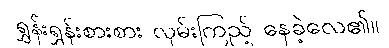
ရွှန်းရွှန်းစားစား လှမ်းကြည့် နေခဲ့လေ၏။